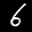
Label: 6